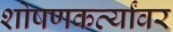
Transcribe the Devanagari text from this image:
शोषणकर्त्यांवर